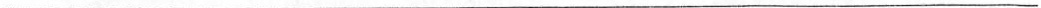
__________________________